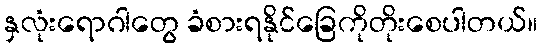
နှလုံးရောဂါတွေ ခံစားရနိုင်ခြေကိုတိုးစေပါတယ်။